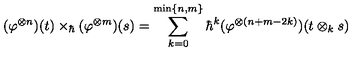
( \varphi ^ { \otimes n } ) ( t ) \times _ { \hbar } ( \varphi ^ { \otimes m } ) ( s ) = \sum _ { k = 0 } ^ { \mathrm { m i n } \{ n , m \} } \hbar ^ { k } ( \varphi ^ { \otimes ( n + m - 2 k ) } ) ( t \otimes _ { k } s )